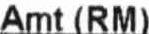
AMT (RM)